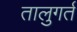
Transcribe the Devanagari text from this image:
तालुगर्त